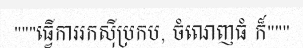
"""ធ្វើការរកស៊ីប្រកប, ចំណេញធំ ក៏"""